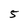
Character: 5